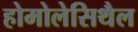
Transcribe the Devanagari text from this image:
होमोलेसिथैल